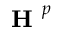
\boldsymbol { \textbf { H } ^ { p } }